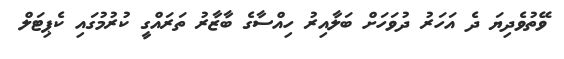
ވޭތުވެދިޔަ ދެ އަހަރު ދުވަހަށް ބަލާއިރު ހިއްސާގެ ބާޒާރު ތަރައްގީ ކުރުމުގައި ކެޕިޓަލް